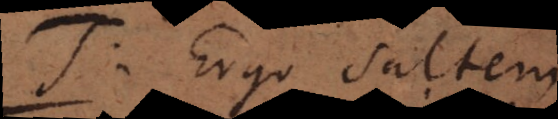
T. Ergo saltem